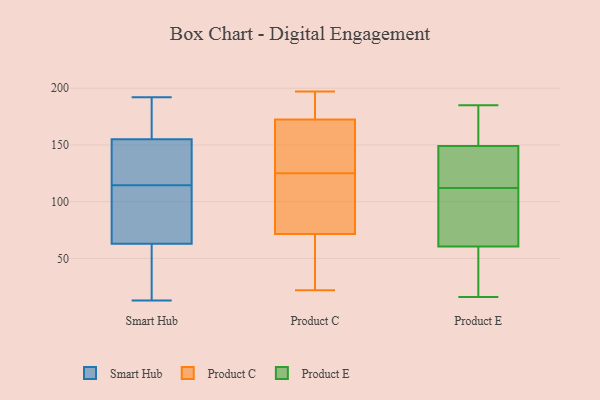
{"axis": {"x": "Budget (USD K)", "y": "Value"}, "legend": ["Product C", "Product E", "Smart Hub"], "data": [{"x": "", "y": 183, "type": "Smart Hub"}, {"x": "", "y": 85, "type": "Smart Hub"}, {"x": "", "y": 31, "type": "Smart Hub"}, {"x": "", "y": 184, "type": "Smart Hub"}, {"x": "", "y": 62, "type": "Smart Hub"}, {"x": "", "y": 14, "type": "Smart Hub"}, {"x": "", "y": 91, "type": "Smart Hub"}, {"x": "", "y": 127, "type": "Smart Hub"}, {"x": "", "y": 88, "type": "Smart Hub"}, {"x": "", "y": 13, "type": "Smart Hub"}, {"x": "", "y": 192, "type": "Smart Hub"}, {"x": "", "y": 155, "type": "Smart Hub"}, {"x": "", "y": 138, "type": "Smart Hub"}, {"x": "", "y": 132, "type": "Smart Hub"}, {"x": "", "y": 176, "type": "Smart Hub"}, {"x": "", "y": 102, "type": "Smart Hub"}, {"x": "", "y": 137, "type": "Smart Hub"}, {"x": "", "y": 63, "type": "Smart Hub"}, {"x": "", "y": 67, "type": "Product C"}, {"x": "", "y": 59, "type": "Product C"}, {"x": "", "y": 22, "type": "Product C"}, {"x": "", "y": 189, "type": "Product C"}, {"x": "", "y": 85, "type": "Product C"}, {"x": "", "y": 166, "type": "Product C"}, {"x": "", "y": 125, "type": "Product C"}, {"x": "", "y": 173, "type": "Product C"}, {"x": "", "y": 124, "type": "Product C"}, {"x": "", "y": 186, "type": "Product C"}, {"x": "", "y": 139, "type": "Product C"}, {"x": "", "y": 106, "type": "Product C"}, {"x": "", "y": 29, "type": "Product C"}, {"x": "", "y": 197, "type": "Product C"}, {"x": "", "y": 171, "type": "Product C"}, {"x": "", "y": 16, "type": "Product E"}, {"x": "", "y": 185, "type": "Product E"}, {"x": "", "y": 47, "type": "Product E"}, {"x": "", "y": 112, "type": "Product E"}, {"x": "", "y": 65, "type": "Product E"}, {"x": "", "y": 28, "type": "Product E"}, {"x": "", "y": 126, "type": "Product E"}, {"x": "", "y": 21, "type": "Product E"}, {"x": "", "y": 155, "type": "Product E"}, {"x": "", "y": 77, "type": "Product E"}, {"x": "", "y": 92, "type": "Product E"}, {"x": "", "y": 136, "type": "Product E"}, {"x": "", "y": 172, "type": "Product E"}, {"x": "", "y": 117, "type": "Product E"}, {"x": "", "y": 83, "type": "Product E"}, {"x": "", "y": 148, "type": "Product E"}, {"x": "", "y": 152, "type": "Product E"}]}